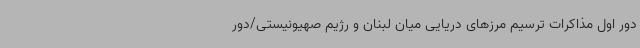
دور اول مذاکرات ترسیم مرزهای دریایی میان لبنان و رژیم صهیونیستی/دور